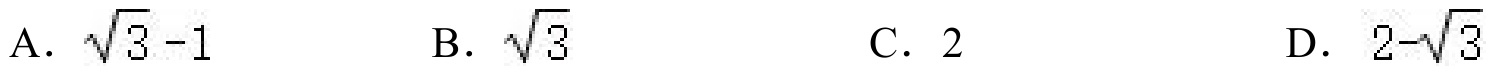
A. \(\sqrt{3}-1\)  B. \(\sqrt{3}\)  C. \(2\)  D. \(2 - \sqrt{3}\)